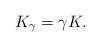
LaTeX: \begin{align*} K_{\gamma}= \gamma K. \end{align*}